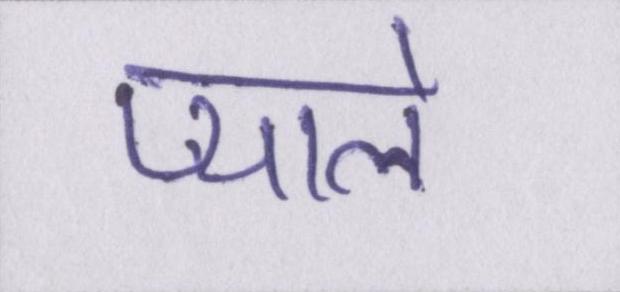
प्याले